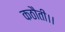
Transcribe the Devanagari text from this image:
कठौती।।